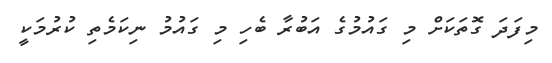
މިފަދަ ގޮތަކަށް މި ގައުމުގެ އަބުރާ ބެހި މި ގައުމު ނިކަމެތި ކުރުމަކީ